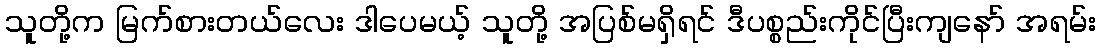
သူတို့က မြက်စားတယ်လေး ဒါပေမယ့် သူတို့ အပြစ်မရှိရင် ဒီပစ္စည်းကိုင်ပြီးကျနော် အရမ်း